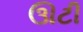
ઊટી